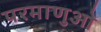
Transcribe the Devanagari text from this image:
परमाणुओ